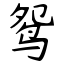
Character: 鸳